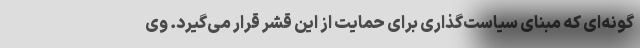
گونه‌ای که مبنای سیاست‌گذاری برای حمایت از این قشر قرار می‌گیرد. وی